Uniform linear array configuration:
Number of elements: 16
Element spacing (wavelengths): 1
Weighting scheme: hamming
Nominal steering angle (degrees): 30
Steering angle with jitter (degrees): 28.102
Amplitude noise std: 0.05
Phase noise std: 0.05

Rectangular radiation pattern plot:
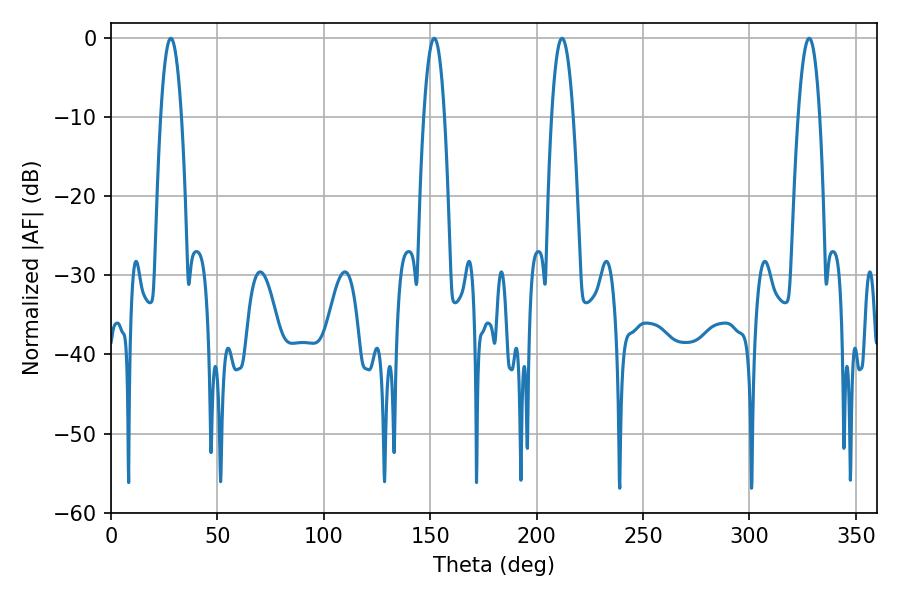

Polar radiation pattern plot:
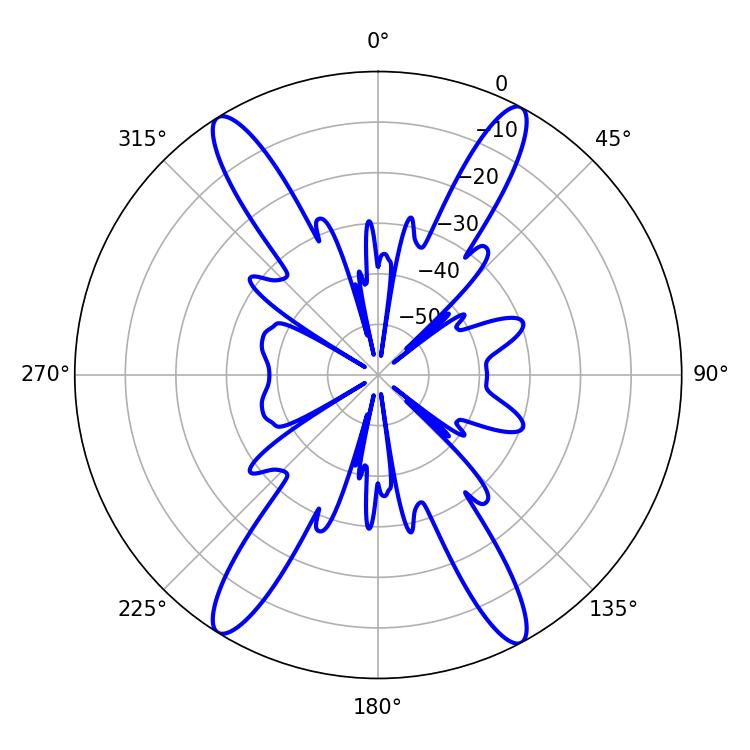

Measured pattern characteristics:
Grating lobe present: TRUE
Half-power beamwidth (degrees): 5.4
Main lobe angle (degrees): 28.08